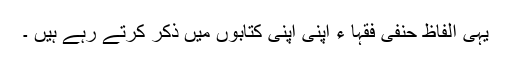
یہی الفاظ حنفی فقہا ء اپنی اپنی کتابوں میں ذکر کرتے رہے ہیں ۔